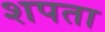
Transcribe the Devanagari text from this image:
शपता